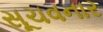
સૂચવનાર